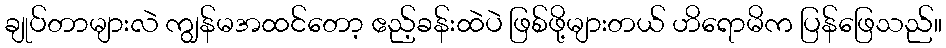
ချုပ်တာများလဲ ကျွန်မအထင်တော့ ဧည့်ခန်းထဲပဲ ဖြစ်ဖို့များတယ် ဟိရောမိက ပြန်ဖြေသည်။